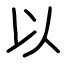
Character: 以